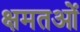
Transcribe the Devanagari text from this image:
क्षमतओं